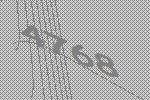
4768